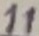
Text: 11